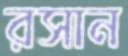
রসান